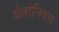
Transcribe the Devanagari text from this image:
थेलोनियस